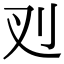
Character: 𭃆